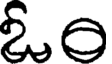
ఓం